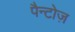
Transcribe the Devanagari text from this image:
पैन्टोज़